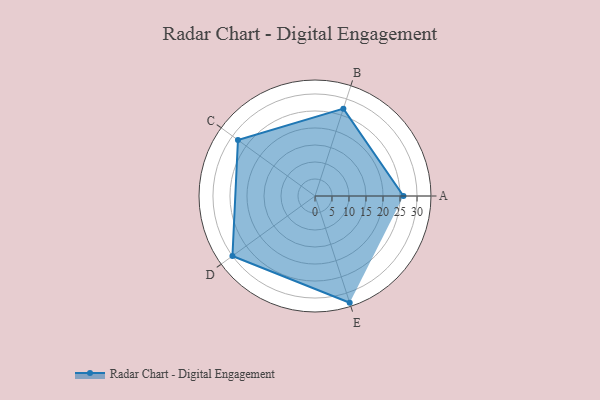
{"axis": {"x": "Skill", "y": "Score"}, "legend": ["Profile"], "data": [{"x": "A", "y": 26.0, "type": "Profile"}, {"x": "B", "y": 27.0, "type": "Profile"}, {"x": "C", "y": 28.0, "type": "Profile"}, {"x": "D", "y": 30.0, "type": "Profile"}, {"x": "E", "y": 33.0, "type": "Profile"}]}